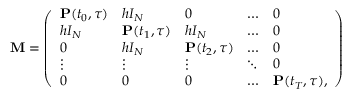
\begin{array} { r } { \mathbf { M } = \left( \begin{array} { l l l l l } { \mathbf { P } ( t _ { 0 } , \tau ) } & { h I _ { N } } & { 0 } & { \dots } & { 0 } \\ { h I _ { N } } & { \mathbf { P } ( t _ { 1 } , \tau ) } & { h I _ { N } } & { \dots } & { 0 } \\ { 0 } & { h I _ { N } } & { \mathbf { P } ( t _ { 2 } , \tau ) } & { \dots } & { 0 } \\ { \vdots } & { \vdots } & { \vdots } & { \ddots } & { 0 } \\ { 0 } & { 0 } & { 0 } & { \dots } & { \mathbf { P } ( t _ { T } , \tau ) , } \end{array} \right) } \end{array}